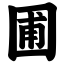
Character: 圃